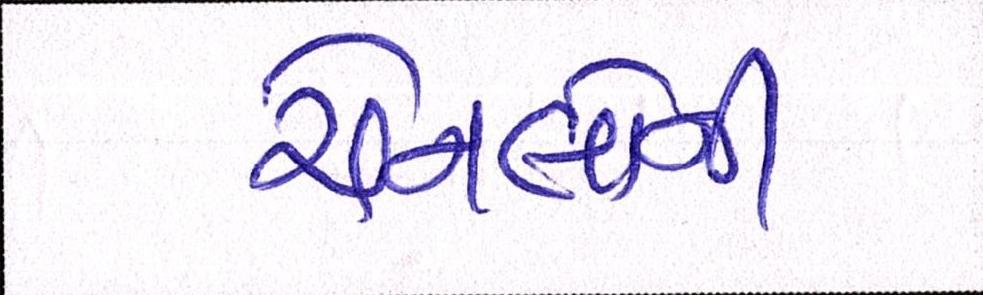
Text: ચેનલોની